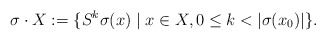
\begin{align*}\sigma \cdot X := \{S^k \sigma(x) \mid x \in X, 0\leq k < |\sigma(x_0)|\}.\end{align*}